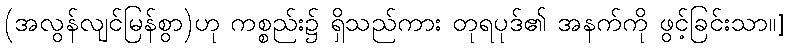
(အလွန်လျင်မြန်စွာ)ဟု ကစ္စည်း၌ ရှိသည်ကား တုရပုဒ်၏ အနက်ကို ဖွင့်ခြင်းသာ။]